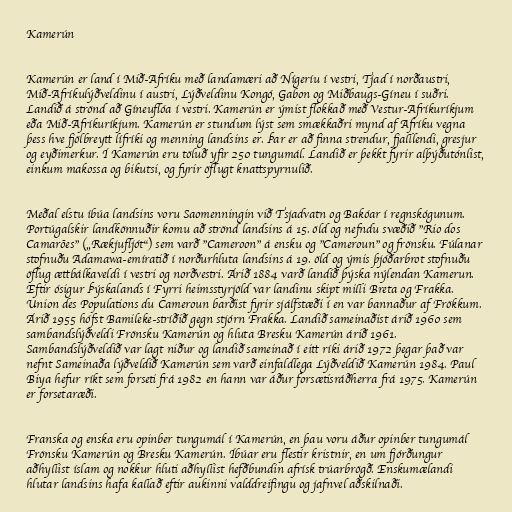
Kamerún

Kamerún er land í Mið-Afríku með landamæri að Nígeríu í vestri, Tjad í norðaustri,
Mið-Afríkulýðveldinu í austri, Lýðveldinu Kongó, Gabon og Miðbaugs-Gíneu í suðri.
Landið á strönd að Gíneuflóa í vestri. Kamerún er ýmist flokkað með Vestur-Afríkuríkjum
eða Mið-Afríkuríkjum. Kamerún er stundum lýst sem smækkaðri mynd af Afríku vegna
þess hve fjölbreytt lífríki og menning landsins er. Þar er að finna strendur, fjalllendi, gresjur
og eyðimerkur. Í Kamerún eru töluð yfir 250 tungumál. Landið er þekkt fyrir alþýðutónlist,
einkum makossa og bikutsi, og fyrir öflugt knattspyrnulið.

Meðal elstu íbúa landsins voru Saomenningin við Tsjadvatn og Bakóar í regnskógunum.
Portúgalskir landkönnuðir komu að strönd landsins á 15. öld og nefndu svæðið "Rio dos
Camarões" („Rækjufljót“) sem varð "Cameroon" á ensku og "Cameroun" og frönsku. Fúlanar
stofnuðu Adamawa-emíratið í norðurhluta landsins á 19. öld og ýmis þjóðarbrot stofnuðu
öflug ættbálkaveldi í vestri og norðvestri. Árið 1884 varð landið þýska nýlendan Kamerun.
Eftir ósigur Þýskalands í Fyrri heimsstyrjöld var landinu skipt milli Breta og Frakka.
Union des Populations du Cameroun barðist fyrir sjálfstæði í en var bannaður af Frökkum.
Árið 1955 hófst Bamileke-stríðið gegn stjórn Frakka. Landið sameinaðist árið 1960 sem
sambandslýðveldi Frönsku Kamerún og hluta Bresku Kamerún árið 1961.
Sambandslýðveldið var lagt niður og landið sameinað í eitt ríki árið 1972 þegar það var
nefnt Sameinaða lýðveldið Kamerún sem varð einfaldlega Lýðveldið Kamerún 1984. Paul
Biya hefur ríkt sem forseti frá 1982 en hann var áður forsætisráðherra frá 1975. Kamerún
er forsetaræði.

Franska og enska eru opinber tungumál í Kamerún, en þau voru áður opinber tungumál
Frönsku Kamerún og Bresku Kamerún. Íbúar eru flestir kristnir, en um fjórðungur
aðhyllist íslam og nokkur hluti aðhyllist hefðbundin afrísk trúarbrögð. Enskumælandi
hlutar landsins hafa kallað eftir aukinni valddreifingu og jafnvel aðskilnaði.